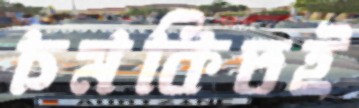
চমকিতই